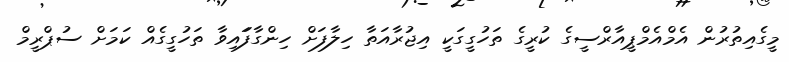
މީގެއިތުރުން އެމްއެމްޕީއާރްސީގެ ކުރީގެ ތަހުގީގަކީ އިޖުރާއަތާ ހިލާފަށް ހިންގާފަައިވާ ތަހުގީގެއް ކަމަށް ސުޕްރީމް